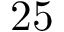
2 5